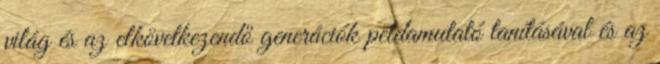
világ és az elkövetkezendő generációk példamutató tanításával és az